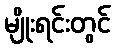
မျိုးရင်းတွင်